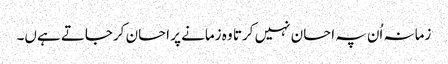
زمانہ اُن پہ احسان نہیں کرتا وہ زمانے پر احسان کرجاتے ہےں۔